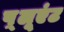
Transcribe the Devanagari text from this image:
प़्लूएंट